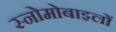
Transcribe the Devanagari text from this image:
स्नोमोबाइलों